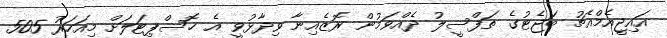
އައިޖީއެމްއެޗު ބަޖެޓުގެ ތަފްސީލު ދެއްވަމުން ރޮޒެއިނާ ވިދާޅުވީ އެ ހޮސްޕިޓަލަށް މިއަހަރު 505